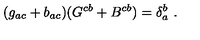
( g _ { a c } + b _ { a c } ) ( G ^ { c b } + B ^ { c b } ) = \delta _ { a } ^ { b } \ .